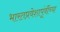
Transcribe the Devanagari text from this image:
भारतप्रवेशापूंर्वीच्या